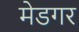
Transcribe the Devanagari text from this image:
मेडगर